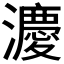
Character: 𪷸